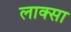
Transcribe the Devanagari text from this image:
लाक्सा